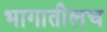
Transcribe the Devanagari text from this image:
भागातीलच